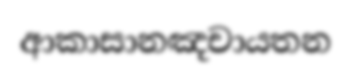
ආකාසානඤචායතන